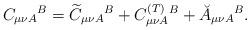
LaTeX: \begin{align*}C_{\mu \nu A}{}^{B}=\widetilde{C}_{\mu \nu A}{}^{B}+C_{\mu \nu A}^{{\footnotesize (T)}}{}^{B}+\breve{A}_{\mu \nu A}{}^{B}. \end{align*}